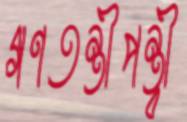
গণতন্ত্রীপন্থী